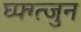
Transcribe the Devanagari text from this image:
घ्फ्ग्त्जुन